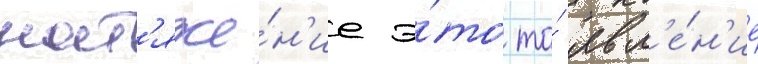
нат'яже́н'ие э́то то́ явл'е́н'ие